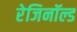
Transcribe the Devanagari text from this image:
रेजिनॉल्ड